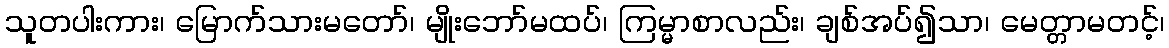
သူတပါးကား၊ မြောက်သားမတော်၊ မျိုးဘော်မထပ်၊ ကြမ္မာစာလည်း၊ ချစ်အပ်၍သာ၊ မေတ္တာမတင့်၊